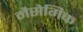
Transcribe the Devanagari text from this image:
नैसेगिक